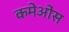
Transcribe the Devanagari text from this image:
कमेओंस